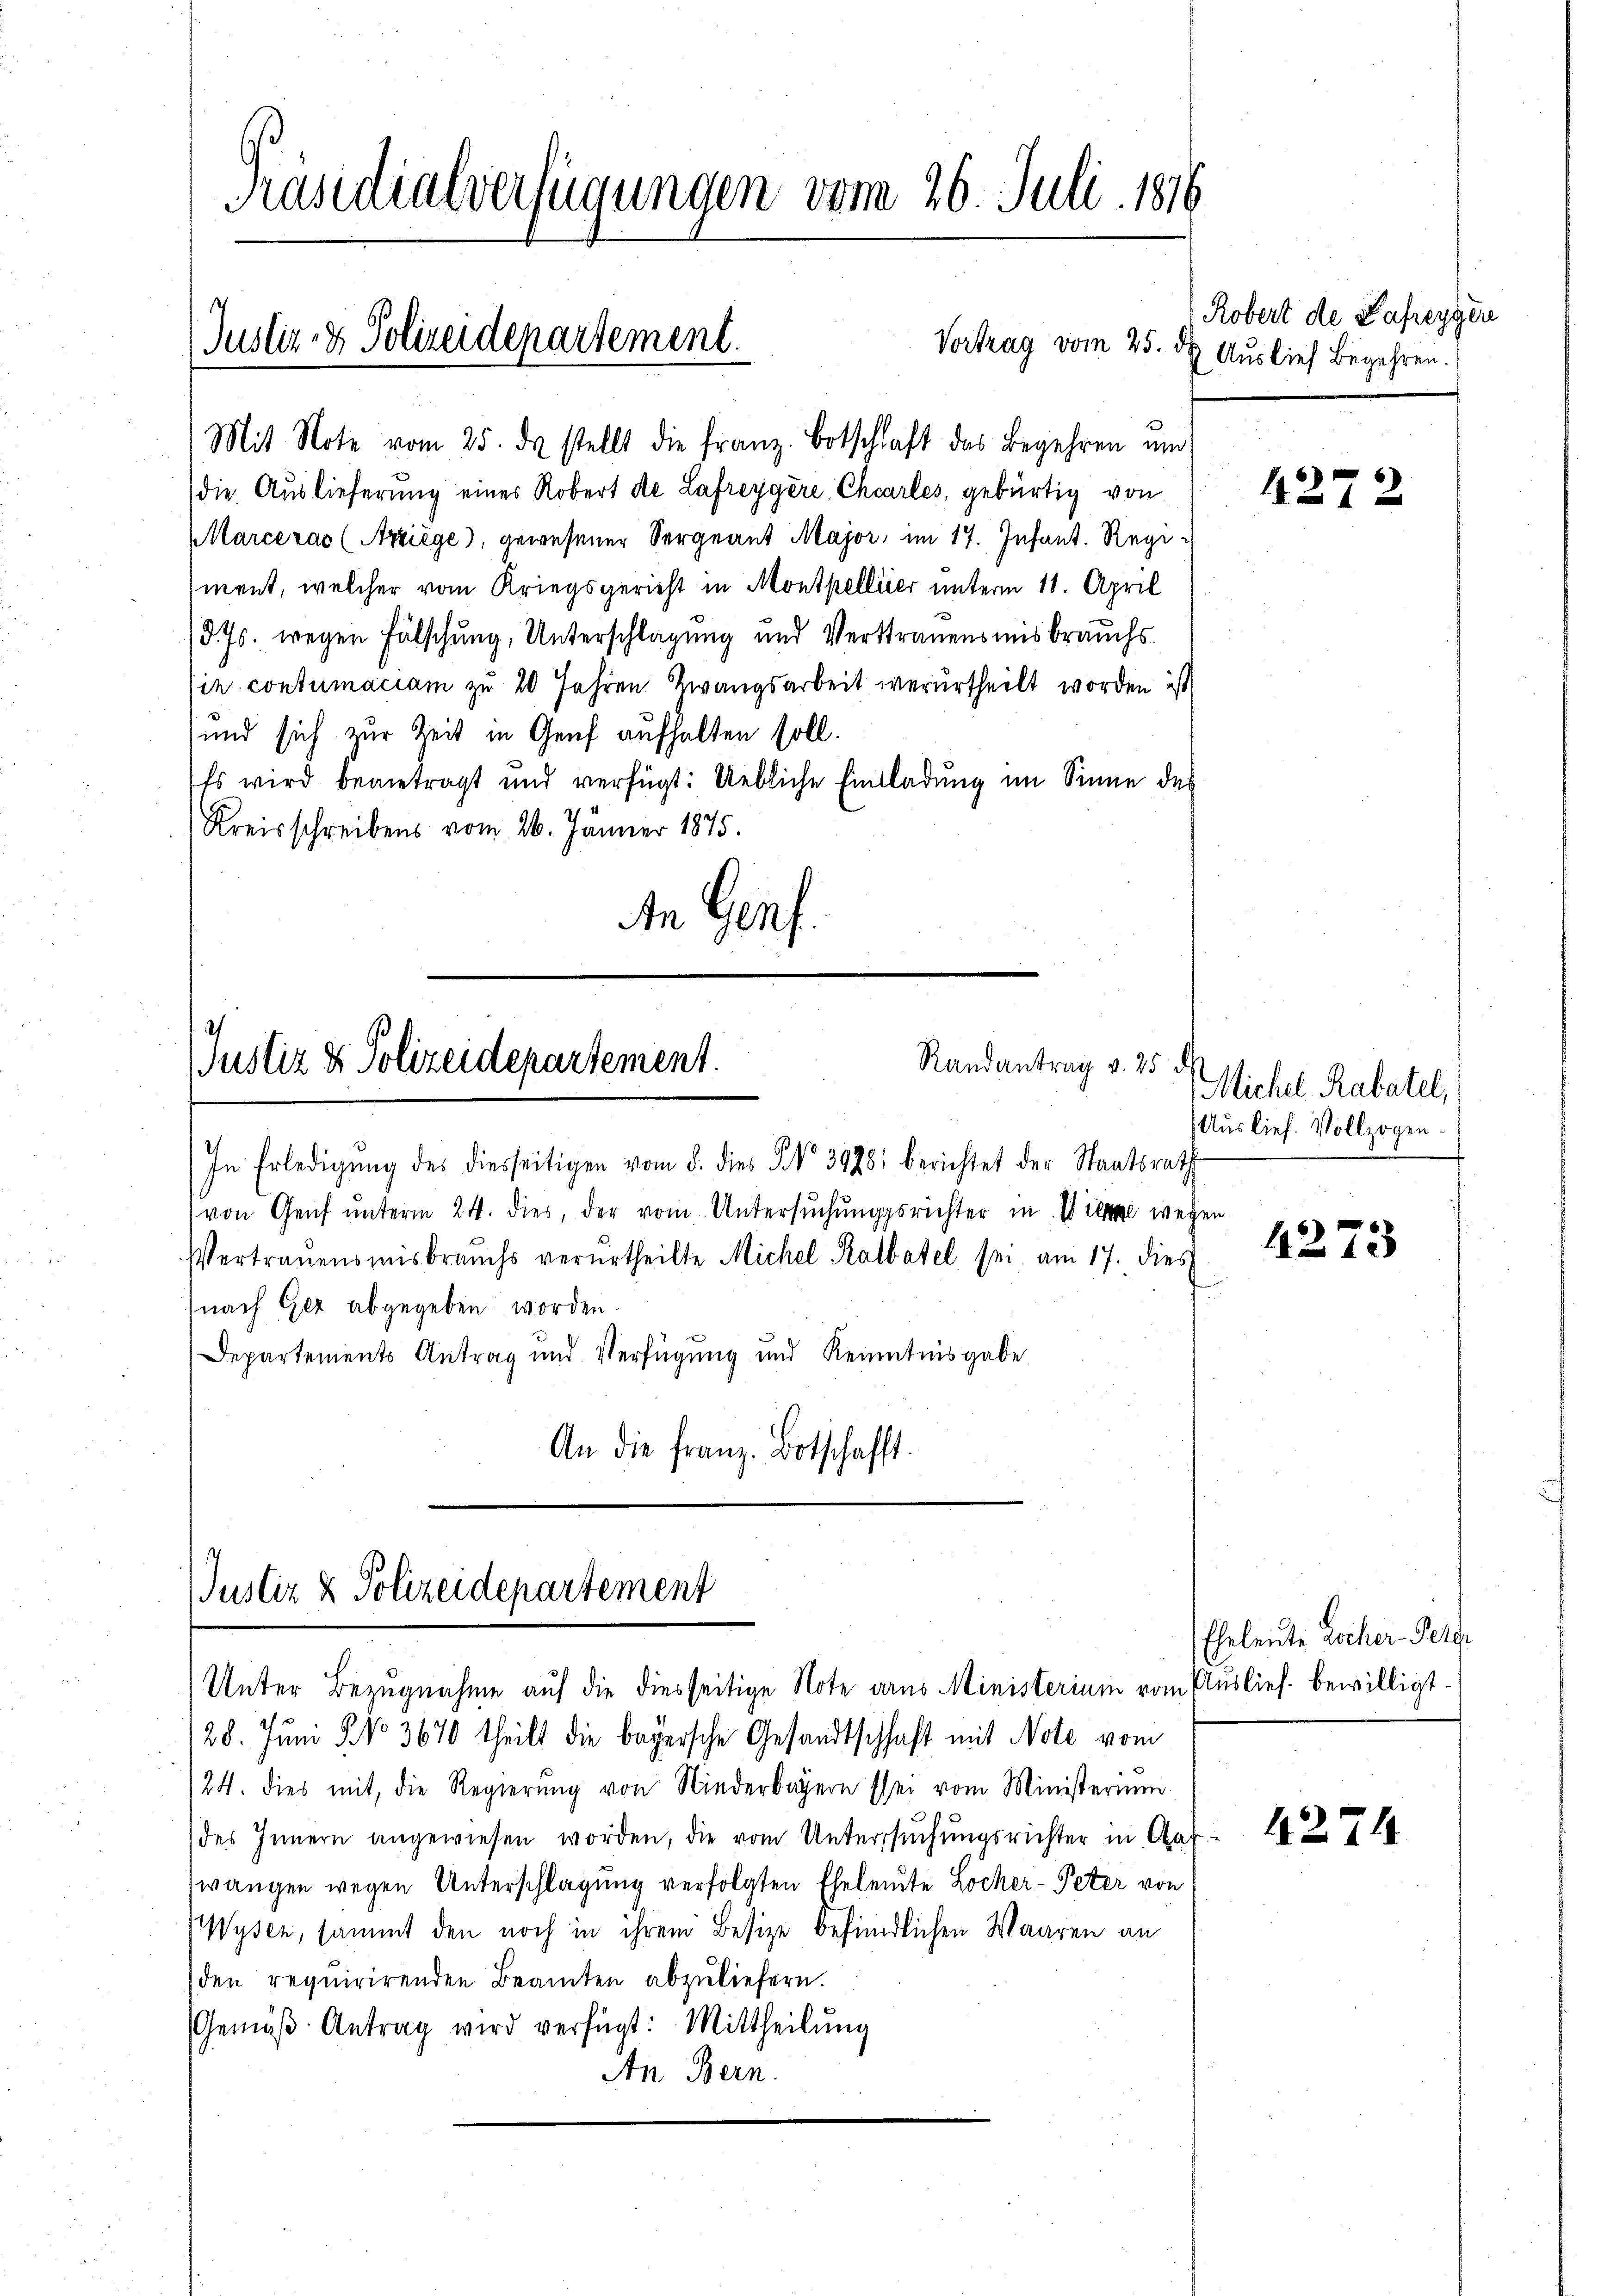
Präsidialverfügungen vom 26. Juli 1876

Mit Note vom 25. d. stellt die franz. Botschlaft des Begehren un
die Auslieferung eines Robert de Lafreygère, Charles, gebürtig von
Marceras (Arziège), gewesener Sergnant Major, im 17. Infant. Regiment, welcher vom Kriegsgericht in Montpellier unterm 11. April
/d. Js. wegen Fälschung, Unterschlagung und Vertrauensmisbrauchs-
in contumaciam zu 20 Jahren. Zwangsarbeit verurtheilt worden ist
und sich zur Zeit in Genf aufhalten soll.
Es wird beantragt und verfügt: Uebliche Einladung im Sinne des
Kreisschreibens vom 26. Jänner 1875.
In Genf.

Justiz- & Polizeidepartement.

In Erledigŭng des diesseitigen vom 8. dies No 3978, berichtet der Staatsrath
von Genf unterm 24. dies, der vom Untersŭchŭngsrichter in Wiene wegen
Vertraŭensmisbrauchs verurtheilte Michel Kalbatel sei am 17. dies
(nach Gez abgegeben worden.
Departements Antrag und Verfügung und Kenntnisgabe
An die Franz. Botschafft.

h
Randantrag v. 25. d.
Justiz & Polizeidepartement.

Justiz & Polizeidepartement
Unter Bezugnahme auf die diesseitige Note aus Ministerium vom Auslief bewilligt

28. Juni 5. No. 3670 theilt die bayersche Gesandtschhaft mit Note vom
24. dies mit, die Regierŭng von Niederbagern sei vom Ministerium.
des Innern angewiesen worden, die vom Untersŭchŭngsrichter in Gat
wangen wegen Unterschlagung verfolgten Eheleute Locher- Peter von
Wysen, sammt den noch in ihrem Besize befindlichen Waaren an
den requirirenden Beamten abzuliefern.
Gemäβ Antrag wird verfügt: Mittheilung
An Bern.

Robert de Pafreyger
Vortrag vom 25. d. Auslief begehren.

427

Michel Rabatel,
Auslief. Vollzogen.

4273

Eheleute Löcher - Peter

4274